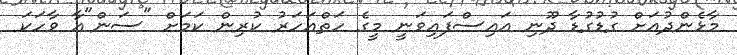
މާޅެންދުއަށް ގުޑުގުޑާ ދޫނި އައިސްފައިވަނީ މީގެ ހަތްއަހަރު ކުރިން ކަމަށް "ސަން"އާ ވާހަކަ